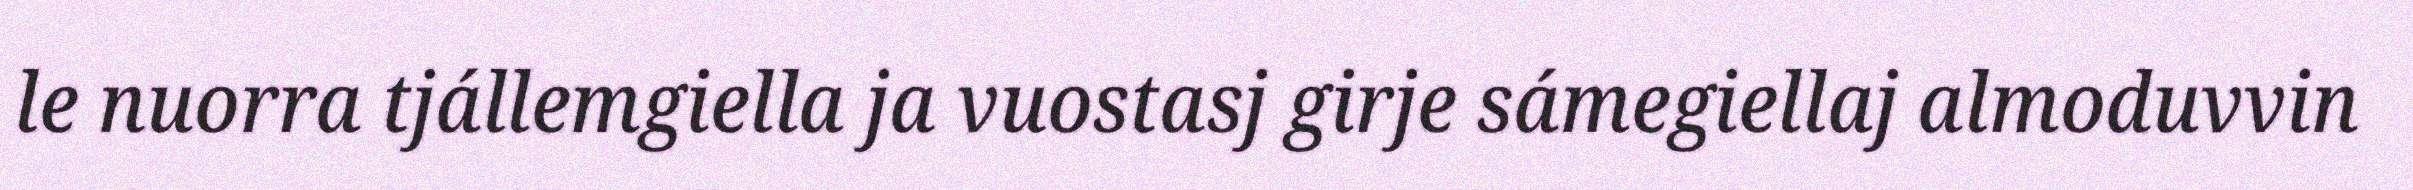
le nuorra tjállemgiella ja vuostasj girje sámegiellaj almoduvvin